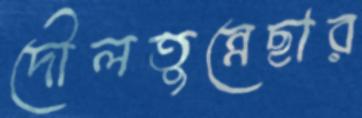
দৌলতুন্নেছার